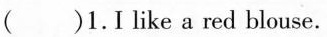
( )1.I like a red blouse.